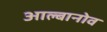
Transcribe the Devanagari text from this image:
आल्बानोव